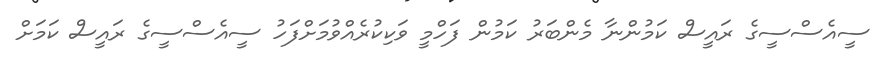
ސީއެސްސީގެ ރައީސް ކަމުންނާ މެންބަރު ކަމުން ފަހްމީ ވަކިކުރެއްވުމަށްފަހު ސީއެސްސީގެ ރައީސް ކަމަށް